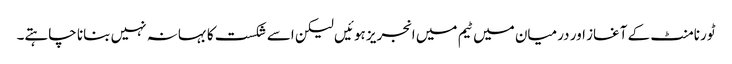
ٹورنامنٹ کے آغاز اور درمیان میں ٹیم میں انجریز ہوئیں لیکن اسے شکست کا بہانہ نہیں بنانا چاہتے۔